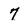
Character: 7